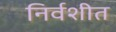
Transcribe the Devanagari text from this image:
निर्वशीत